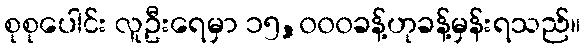
စုစုပေါင်း လူဦးရေမှာ ၁၅,၀၀၀ခန့်ဟုခန့်မှန်းရသည်။